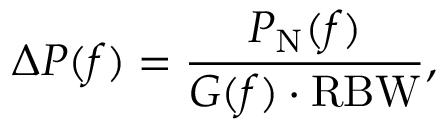
\Delta P ( f ) = \frac { P _ { \mathrm { N } } ( f ) } { G ( f ) \cdot \mathrm { R B W } } ,